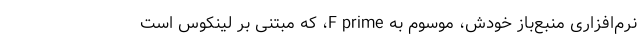
نرم‌افزاری منبع‌باز خودش، موسوم به F prime، که مبتنی بر لینکوس است